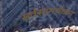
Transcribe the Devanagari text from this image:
सर्वसामर्थवान